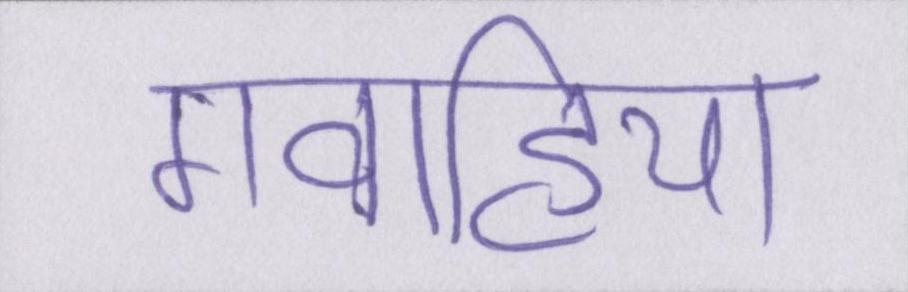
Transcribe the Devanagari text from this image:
गवाहियां